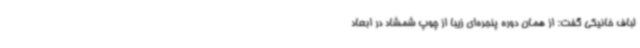
لباف خانیکی گفت: از همان دوره پنجره‌ای زیبا از چوپ شمشاد در ابعاد